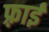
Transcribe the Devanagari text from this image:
फ़्राई